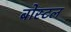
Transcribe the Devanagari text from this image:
बोस्टल